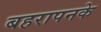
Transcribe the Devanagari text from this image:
बहरापनके